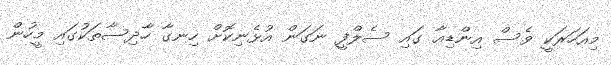
މިއަހަރަކީ ވެސް އިންޑިއާ ގައި ސެލްފީ ނަގަން އުޅެނިކޮށް ހިނގާ ހާދިސާތަކުގައި މީހުން